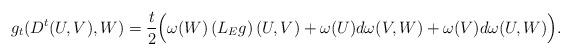
LaTeX: \begin{align*}g_t(D^t(U,V),W)=\frac{t}{2}\Big(\omega(W)\left(L_E g\right)(U,V)+\omega(U)d\omega(V,W)+\omega(V)d\omega(U,W)\Big).\end{align*}